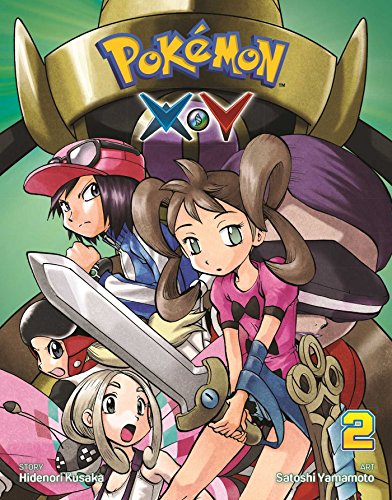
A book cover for PokÃ©mon XY, Vol. 2 (Pokemon); Hidenori Kusaka; Children's Books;